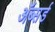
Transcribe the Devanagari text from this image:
ॲब्सर्ड